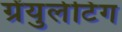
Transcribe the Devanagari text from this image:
ग्रेंयुलेटिंग